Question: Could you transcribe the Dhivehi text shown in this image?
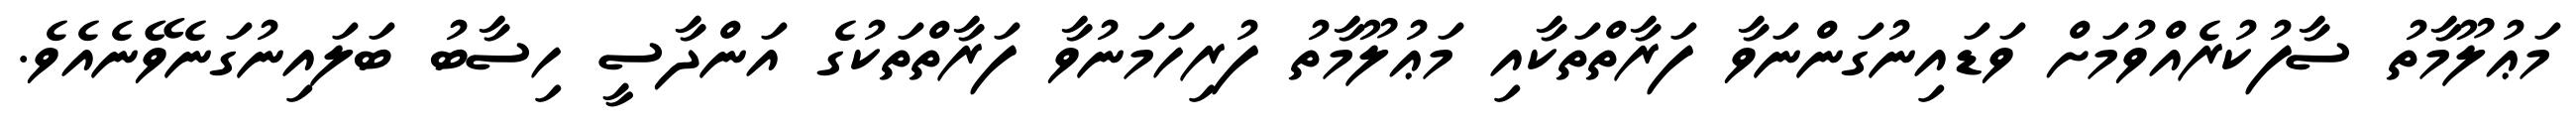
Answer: މަޢުލޫމާތު ސާފުކުރެއްވުމަށް ވަޑައިނުގަންނަވާ ފަރާތްތަކާއި މަޢުލޫމާތު ފުރިހަމަނުވާ ފަރާތްތަކުގެ އަންދާސީ ހިސާބު ބަލައިނުގަނެވޭނެއެވެ.